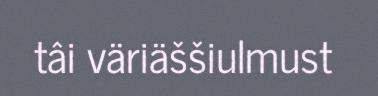
tâi väriäššiulmust